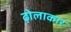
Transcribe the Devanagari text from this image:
ढ़ोलाकार